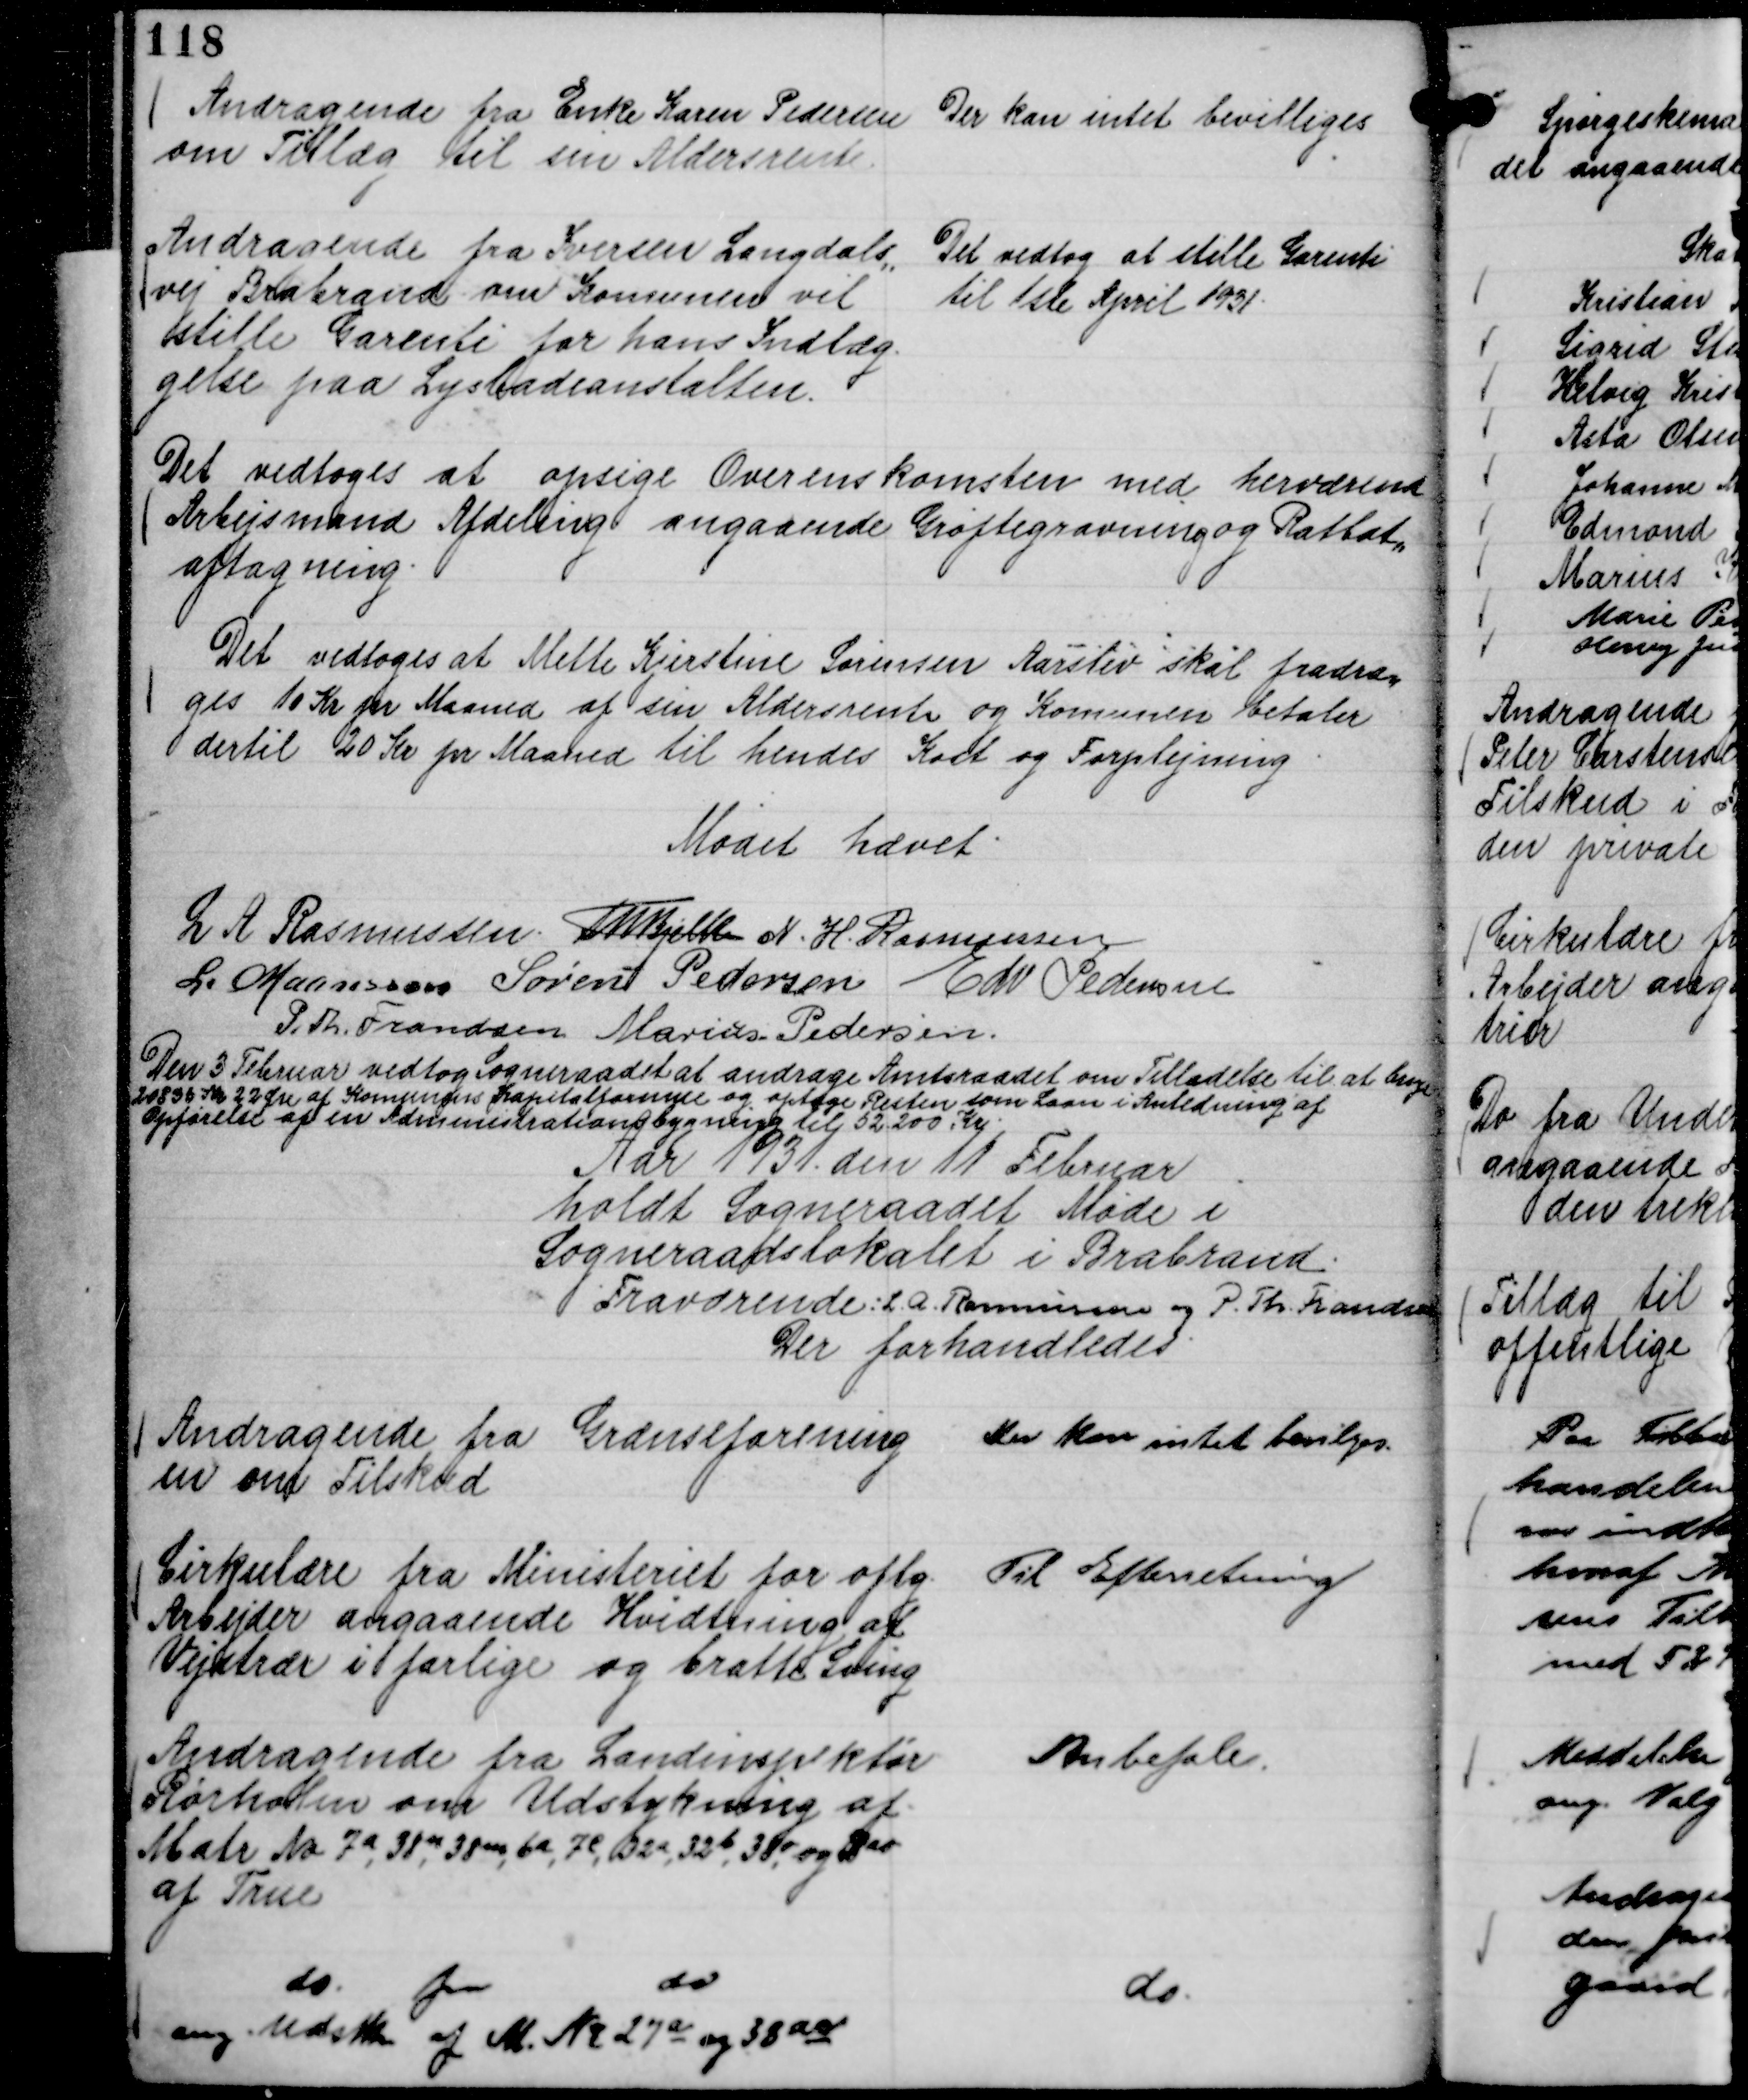
Transskription:
Andragende fra Enke Karen Pedersen
om Tillæg til sin Aldersrente.

Der kan intet bevilliges

Andragende fra Iversen Langdals,,
vej Brabrand om Komunen vil
stille Garenti for hans Indlæg-
gelse paa Lysbadeanstalten.

Det vedtog at stille Garenti
til 1ste April 1931.

Det vedtoges at opsige Overenskomsten med herværende
Arbejsmand Afdeling angaaende Grøftegravning og Ratbat,,
aftagning.

Det vedtoges at Mette Kjerstine Sørensen Aarslev skal fradra,,
ges 10 Kr pr Maaned af sin Aldersrente og Komunen betaler
dertil 20 Kr pr Maaned til hendes Kost og Forplejning

Mødet hævet.
L A Rasmussen.
Th Bjelke
N. H. Rasmussen
L. Maansson
Søren Pedersen
Edv Pedersen
P. Th. Frandsen
Marius Pedersen.

Den 3 Februar vedtog Sogneraadet at andrage Amtsraadet om
Tilladelse til at bruge
20836 Kr 22 Øre af Komunens Kapitalformue og optage Resten
som Laan i Anledning af
Opførelse af en Administrationsbygning til 52.200 Kr.

Aar 1931. den 11 Februar
holdt Sogneraadet Møde i
Sogneraadslokalet i Brabrand.
Fraværende: L. A. Rasmussen og P. Th. Frandsen
Der forhandledes

Andragende fra Grænseforening
en om Tilskud

Der kan intet bevilges.

Cirkulære fra Ministeriet for oftg.
Arbejder angaaende Hvidtning af
Vejstrær i farlige og bratte Sving

Til Efterretning

Andragende fra Landinspektør
Rørholm om Udstykning af .
Matr No 7 a, 38 n, 38 m, 6 a, 7 c, 32 a, 32 b, 38 o og 38 ao
af True

Anbefales.

do.
fra
do
ang. Udstk af M No 27 a og 38 ac

do.